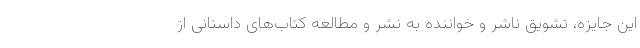
این جایزه، تشویق ناشر و خواننده به نشر و مطالعه کتاب‌های داستانی از